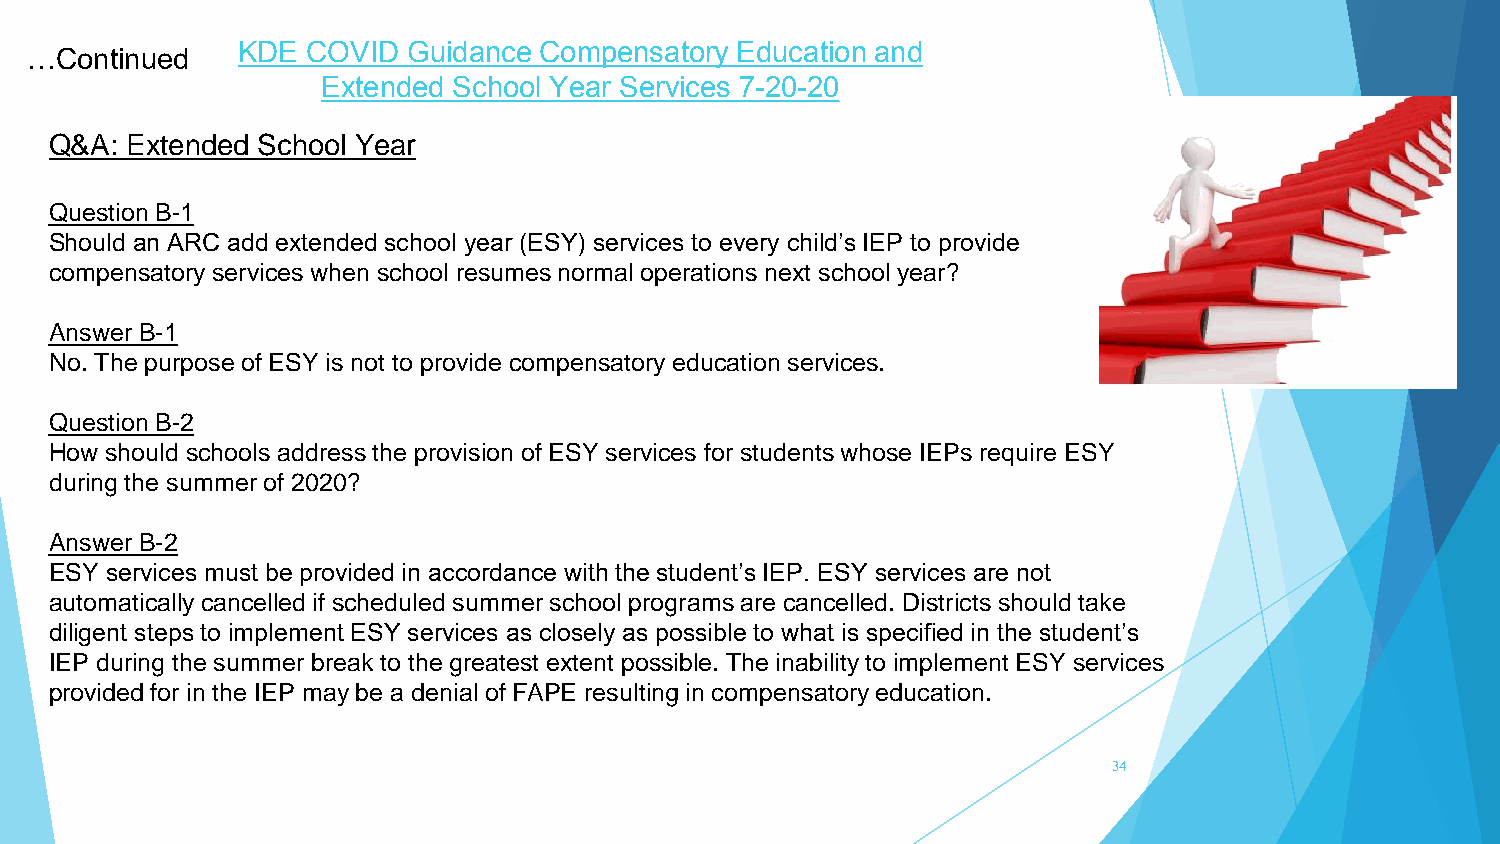
KDE COVID  Guidance Compensatory Education and
 …Continued
 Extended School Year Services 7-20-20
 Q&A: Extended School Year
 Question B-1
 Should an ARC add extended school year (ESY) services to every child’s IEP to provide
 compensatory services when school resumes normal operations next school year?
 Answer B-1
 No. The purpose of ESY is not to provide compensatory education services.
 Question B-2
 How should schools address the provision of ESY services for students whose IEPs require ESY
 during the summer of 2020?
 Answer B-2
 ESY services must be provided in accordance with the student’s IEP. ESY services are not
 automatically cancelled if scheduled summer school programs are cancelled. Districts should take
 diligent steps to implement ESY services as closely as possible to what is specified in the student’s
 IEP during the summer break to the greatest extent possible. The inability to implement ESY services
 provided for in the IEP may be a denial of FAPE resulting in compensatory education.
 34